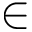
\in